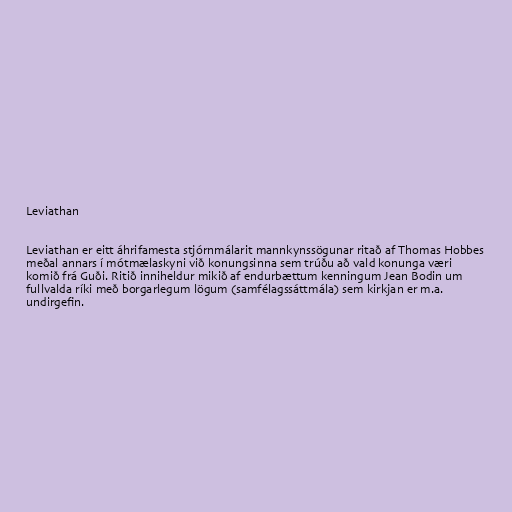
Leviathan

Leviathan er eitt áhrifamesta stjórnmálarit mannkynssögunar ritað af Thomas Hobbes
meðal annars í mótmælaskyni við konungsinna sem trúðu að vald konunga væri
komið frá Guði. Ritið inniheldur mikið af endurbættum kenningum Jean Bodin um
fullvalda ríki með borgarlegum lögum (samfélagssáttmála) sem kirkjan er m.a.
undirgefin.